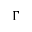
\Gamma